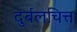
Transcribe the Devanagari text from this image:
दुर्बलचित्त